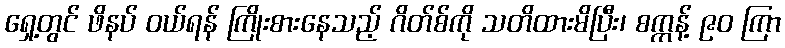
ရှေ့တွင် ဖိနပ် ဝယ်ရန် ကြိုးစားနေသည့် ဂိတ်စ်ကို သတိထားမိပြီး၊ စက္ကန့် ၉၀ ကြာ